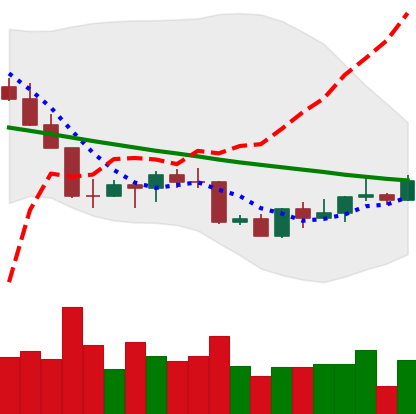
Ticker: LINK-USD
Chart end date: 2022-09-04
Forward return: 8.413%
Label: up_7plus